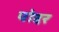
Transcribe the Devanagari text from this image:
पोद्दर